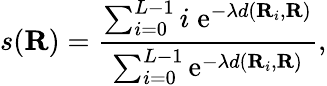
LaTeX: s(\textbf{R})=\frac{\sum_{i=0}^{L-1}i\; \mathrm{e}^{-\lambda d(\textbf{R}_{i},\textbf{R})}}{\sum_{i=0}^{L-1}\mathrm{e}^{-\lambda d(\textbf{R}_{i},\textbf{R})}},